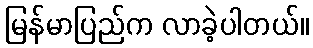
မြန်မာပြည်က လာခဲ့ပါတယ်။